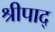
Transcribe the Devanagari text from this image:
श्रीपाद्